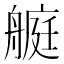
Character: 𦪅